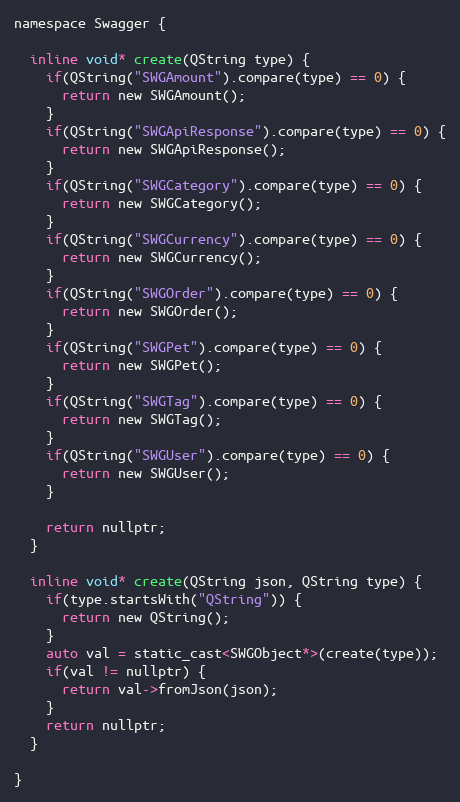
Language: C
namespace Swagger {

  inline void* create(QString type) {
    if(QString("SWGAmount").compare(type) == 0) {
      return new SWGAmount();
    }
    if(QString("SWGApiResponse").compare(type) == 0) {
      return new SWGApiResponse();
    }
    if(QString("SWGCategory").compare(type) == 0) {
      return new SWGCategory();
    }
    if(QString("SWGCurrency").compare(type) == 0) {
      return new SWGCurrency();
    }
    if(QString("SWGOrder").compare(type) == 0) {
      return new SWGOrder();
    }
    if(QString("SWGPet").compare(type) == 0) {
      return new SWGPet();
    }
    if(QString("SWGTag").compare(type) == 0) {
      return new SWGTag();
    }
    if(QString("SWGUser").compare(type) == 0) {
      return new SWGUser();
    }

    return nullptr;
  }

  inline void* create(QString json, QString type) {
    if(type.startsWith("QString")) {
      return new QString();
    }
    auto val = static_cast<SWGObject*>(create(type));
    if(val != nullptr) {
      return val->fromJson(json);
    }
    return nullptr;
  }

}